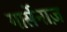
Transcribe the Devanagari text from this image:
गार्सेनाज़